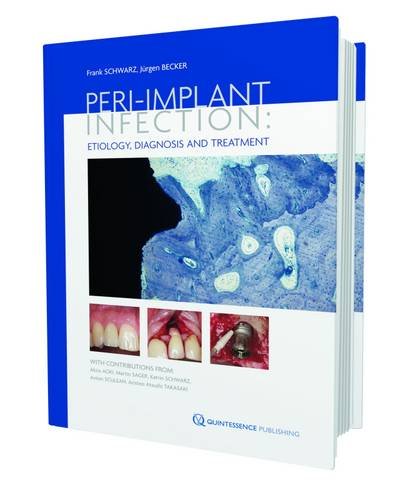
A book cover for Peri-implant Infection: Etiology, Diagnosis and Treatment; Frank Schwarz; Medical Books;